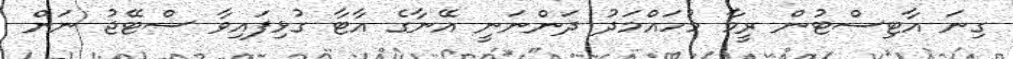
ގިނަ އާޓިސްޓުން ރީމާ މުހައްމަދު ދަންނަނީ އޭނާގެ އާޓާ ގުޅިފައިވާ ސްޓޭޖު ނަން